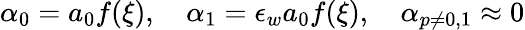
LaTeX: \begin{array}{r}{\alpha_{0}=a_{0}f(\xi),\quad\alpha_{1}=\epsilon_{w}a_{0}f(\xi),\quad\alpha_{p\neq 0,1}\approx 0}\end{array}